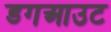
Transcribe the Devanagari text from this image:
डगआउट